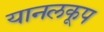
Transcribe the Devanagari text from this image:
यानलकूप